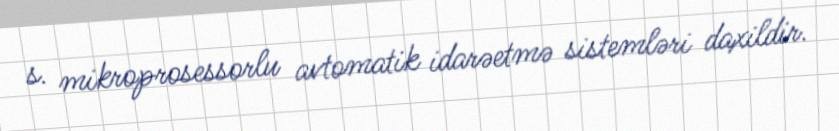
s. mikroprosessorlu avtomatik idarəetmə sistemləri daxildir.